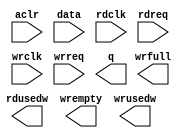
module FIFO_OUT_DATA (
	aclr,
	data,
	rdclk,
	rdreq,
	wrclk,
	wrreq,
	q,
	rdusedw,
	wrempty,
	wrfull,
	wrusedw);

	input	  aclr;
	input	[15:0]  data;
	input	  rdclk;
	input	  rdreq;
	input	  wrclk;
	input	  wrreq;
	output	[15:0]  q;
	output	[6:0]  rdusedw;
	output	  wrempty;
	output	  wrfull;
	output	[6:0]  wrusedw;
`ifndef ALTERA_RESERVED_QIS
// synopsys translate_off
`endif
	tri0	  aclr;
`ifndef ALTERA_RESERVED_QIS
// synopsys translate_on
`endif

endmodule